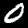
Label: 0